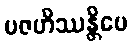
ပဇဟိဿန္တိပေ